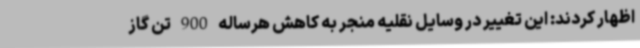
اظهار کردند: این تغییر در وسایل نقلیه منجر به کاهش هرساله 900 تن گاز